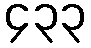
၄၃၃